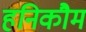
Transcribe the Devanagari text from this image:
हनिकौम